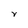
Character: Y